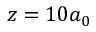
z = 1 0 a _ { 0 }